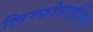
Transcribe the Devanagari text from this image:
लिम्फोसाईटिक